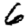
Digit: 6